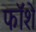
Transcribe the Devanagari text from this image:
फॉशे